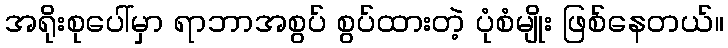
အရိုးစုပေါ်မှာ ရာဘာအစွပ် စွပ်ထားတဲ့ ပုံစံမျိုး ဖြစ်နေတယ်။